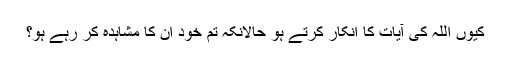
کیوں اللہ کی آیات کا انکار کرتے ہو حالانکہ تم خود ان کا مشاہدہ کر رہے ہو؟